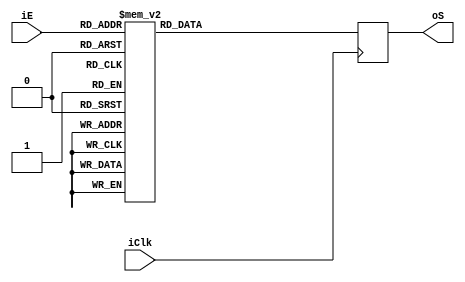
module BCD (
input iClk,
input[3:0]iE,
output [6:0]oS
);

reg [6:0]rSalida_Q;
reg [6:0]rSalida_D;

assign oS = rSalida_Q;

always @ (posedge iClk)
begin
		rSalida_Q <= rSalida_D;
end

// bloque combinacional
always @ *
	case (iE)
								 // abcdefg
	4'b0000 : rSalida_D = 7'b1000000;//0
	4'b0001 : rSalida_D = 7'b1111001;//1
	4'b0010 : rSalida_D = 7'b0100100;//2
	4'b0011 : rSalida_D = 7'b0110000;//3
	4'b0100 : rSalida_D = 7'b0011001;//4
	4'b0101 : rSalida_D = 7'b0010010;//5
	4'b0110 : rSalida_D = 7'b0000010;//6
	4'b0111 : rSalida_D = 7'b1111000;//7
	4'b1000 : rSalida_D = 7'b0000000;//8
	4'b1001 : rSalida_D = 7'b0011000;//9
	default: rSalida_D = 7'b1000000;

endcase
endmodule